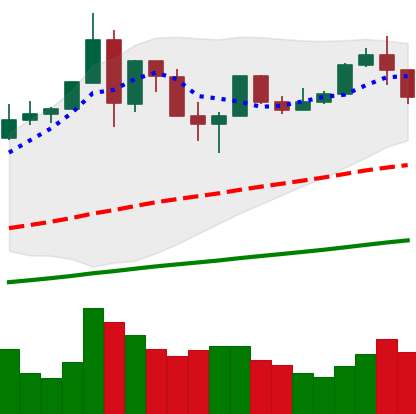
Ticker: BTC-USD
Chart end date: 2019-07-11
Forward return: -16.56%
Label: down_7plus